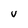
Character: v